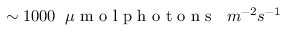
\sim 1 0 0 0 \phantom { x } \mu \textrm { m o l p h o t o n s } \phantom { x } m ^ { - 2 } s ^ { - 1 }